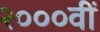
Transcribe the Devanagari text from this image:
२०००वीं